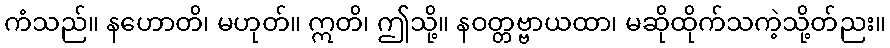
ကံသည်။ နဟောတိ၊ မဟုတ်။ ဣတိ၊ ဤသို့။ နဝတ္တဗ္ဗာယထာ၊ မဆိုထိုက်သကဲ့သို့တ်ညး။